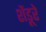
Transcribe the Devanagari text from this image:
शेंडूरे